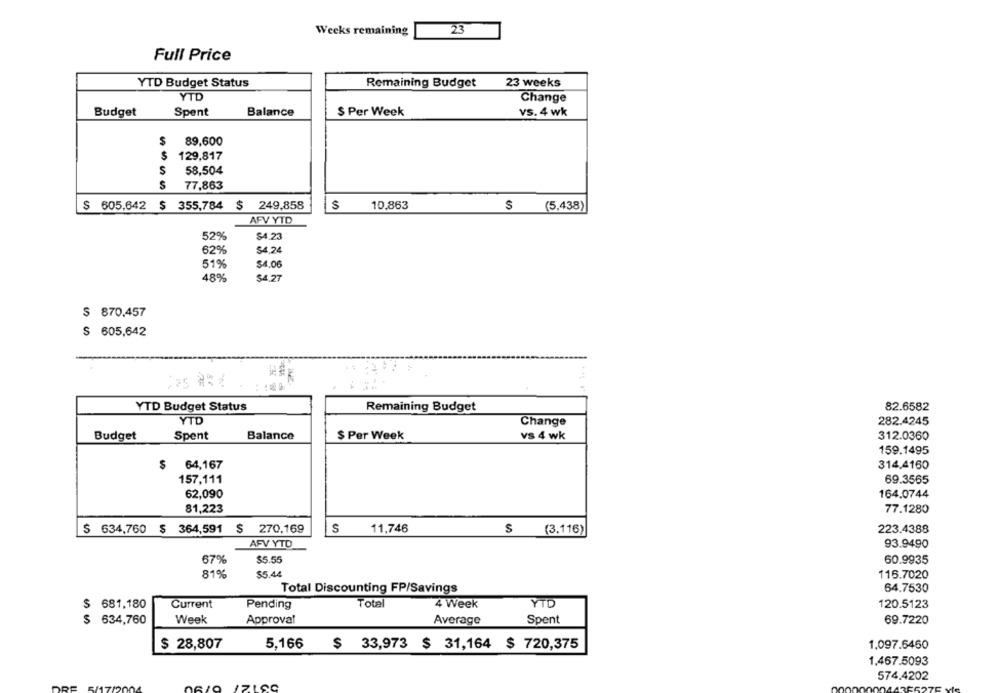
Weeks remaining
23
Full Price
YTD Budget Status
23 weeks
Remaining Budget
YTD
Change
Budget
Spent
Balance
$ Per Week
vs. 4 wk
$
89,600
$
129,817
S
58,504
S
77,863
$ 605,642
$ 355,784 $ 249,858
$
10,863
S
(5,438)
AFV YTD
52%
$4.23
62%
$4.24
51%
$4.00
48%
$4.27
$ 870,457
$ 605,642
YTD Budget Status
Remaining Budget
82.6582
YTD
Change
282.4245
Budget
Spent
Balance
$ Per Week
vs 4 wk
312.0360
159.1495
$ 64,167
314,4160
157,111
69.3565
62,090
164.0744
81,223
77.1280
$ 634,760 $ 364,591 $ 270,169
S
11.746
S
(3.116)
223.4388
AFV YTD
93.9490
67%
$5.55
60.9935
81%
$5.44
116.7020
64.7530
Total Discounting FP/Savings
Total
YTD
$
681,180
Current
Pending
4 Week
120.5123
5
634,760
Week
Approval
Average
Spent
69.7220
$ 28,807
5,166
1.097.6460
$ 33,973 $ 31,164 $ 720,375
1,467.5093
574.4202
IZLSC